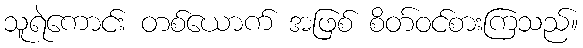
သူရဲကောင်း တစ်ယောက် အဖြစ် စိတ်ဝင်စားကြသည်။